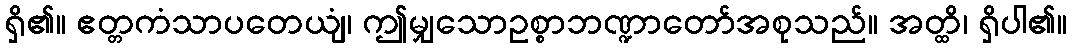
ရှိ၏။ ဧတ္တကံသာပတေယျံ၊ ဤမျှသောဥစ္စာဘဏ္ဍာတော်အစုသည်။ အတ္ထိ၊ ရှိပါ၏။